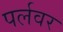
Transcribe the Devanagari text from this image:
पर्लवर